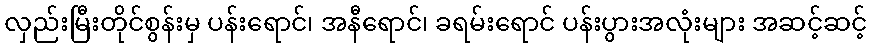
လှည်းမြီးတိုင်စွန်းမှ ပန်းရောင်၊ အနီရောင်၊ ခရမ်းရောင် ပန်းပွားအလုံးများ အဆင့်ဆင့်